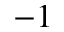
^ { - 1 }